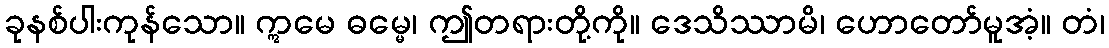
ခုနစ်ပါးကုန်သော။ ဣမေ ဓမ္မေ၊ ဤတရားတို့ကို။ ဒေသိဿာမိ၊ ဟောတော်မူအံ့။ တံ၊